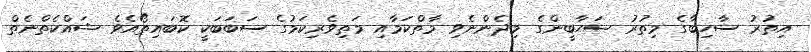
އިތުރު ސާހިބާގެ މިތުރު ޞަޙާބީންގެ މިދެންނެވި މާތްކަމާއި މަތިވެރިކަމުގެ ސަބަބަކީ ކޮބައިތޯއެވެ ޝައްކެތްނެތް